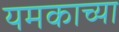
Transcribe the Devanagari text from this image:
यमकाच्या